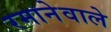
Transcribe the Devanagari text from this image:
रमानेवाले